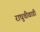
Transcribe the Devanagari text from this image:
राघुचीवाडी